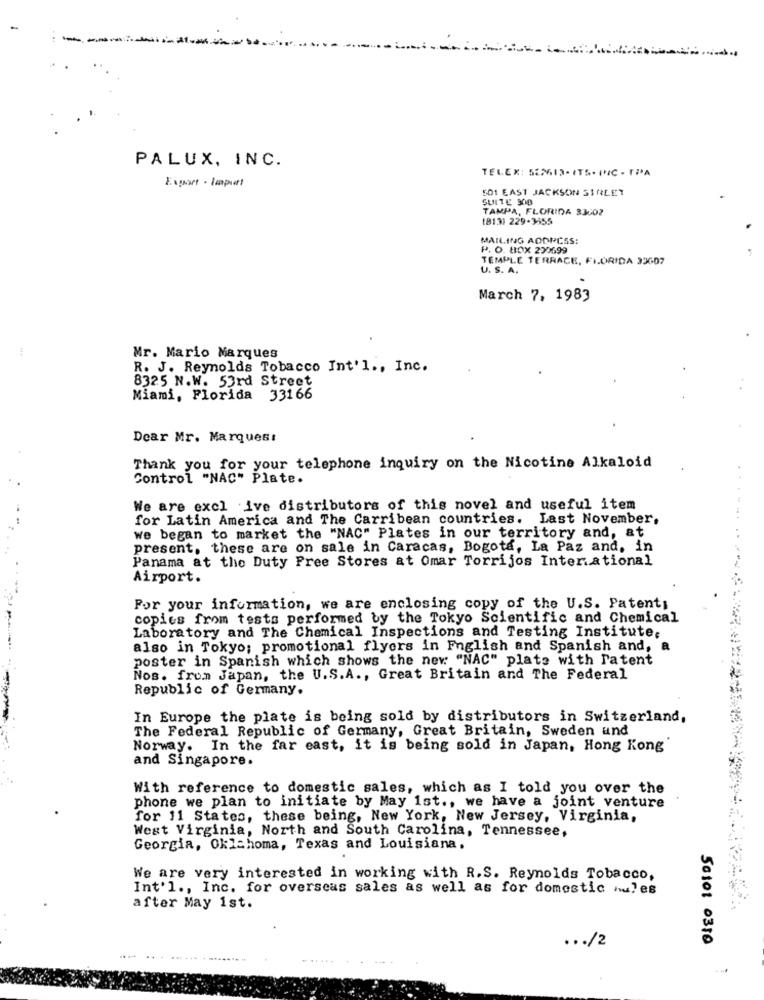
PALUX, INC.
TELEX: 52313. ITS- INC . TPA
Export - Import
501 EAST JACKSON STREET
SUITE 300
TAMPA, FLORIDA 33602
(813) 229-3655
MAILING ADDRESS:
P. O. BOX 290699
TEMPLE TERRACE, FIORIDA 33607
U. S. A.
March 7, 1983
Mr. Mario Marques
R. J. Reynolds Tobacco Int'l ., Inc.
8325 N.W. 53rd Street
Miami, Florida 33166
Dear Mr. Marques:
Thank you for your telephone inquiry on the Nicotine Alkaloid
Control "NAC" Plate.
We are excl ive distributors of this novel and useful item
for Latin America and The Carribean countries. Last November,
we began to market the "NAC" Plates in our territory and, at
present, these are on sale in Caracas, Bogota, La Paz and, in
Panama at the Duty Free Stores at Omar Torrijos International
Airport.
--
For your information, we are enclosing copy of the U.S. Patent;
copies from tests performed by the Tokyo Scientific and Chemical
Laboratory and The Chemical Inspections and Testing Institute,
also in Tokyo; promotional flyers in English and Spanish and,
poster in Spanish which shows the new "NAC" plate with Patent
Nos. from Japan, the U.S.A ., Great Britain and The Federal
Republic of Germany.
In Europe the plate is being sold by distributors in Switzerland,
The Federal Republic of Germany, Great Britain, Sweden und
Norway. In the far east, it is being sold in Japan, Hong Kong'
and Singapore.
With reference to domestic sales, which as I told you over the
phone we plan to initiate by May 1st ., we have a joint venture
for 11 States, these being, New York, New Jersey, Virginia,
West Virginia, North and South Carolina, Tennessee,
Georgia, Oklahoma, Texas and Louisiana.
We are very interested in working with R.S. Reynolds Tobacco,
Int'l ., Inc. for overseas sales as well as for domestic hules
after May 1st.
... /2
50101 0310
...